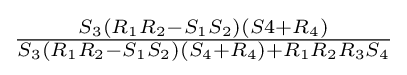
{\tfrac {S_{3}(R_{1}R_{2}-S_{1}S_{2})(S4+R_{4})}{S_{3}(R_{1}R_{2}-S_{1}S_{2})(S_{4}+R_{4})+R_{1}R_{2}R_{3}S_{4}}}